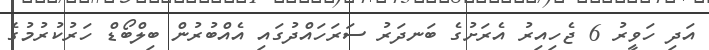
އަދި ހަވީރު 6 ޖެހިއިރު އެރަށުގެ ބަނދަރު ސަރަހައްދުގައި އެއްބުރުން ބިލްބޯޑް ހަރުކުރުމުގެ